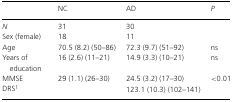
<table><thead><tr><td></td><td><b>NC</b></td><td><b>AD</b></td><td><b><i>P</i></b></td></tr></thead><tbody><tr><td><i>N</i></td><td>31</td><td>30</td><td></td></tr><tr><td>Sex (female)</td><td>18</td><td>11</td><td></td></tr><tr><td>Age</td><td>70.5 (8.2) (50–86)</td><td>72.3 (9.7) (51–92)</td><td>ns</td></tr><tr><td>Years of education</td><td>16 (2.6) (11–21)</td><td>14.9 (3.3) (10–21)</td><td>ns</td></tr><tr><td>MMSE</td><td>29 (1.1) (26–30)</td><td>24.5 (3.2) (17–30)</td><td>&lt;0.01</td></tr><tr><td>DRS1</td><td></td><td>123.1 (10.3) (102–141)</td><td></td></tr></tbody></table>